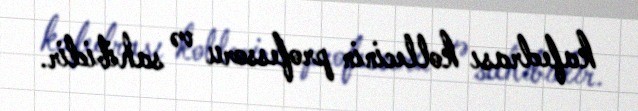
kafedrası kollecinin professoru və sahibidir.